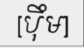
[ប៉ឹម]